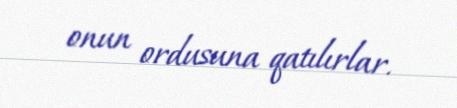
onun ordusuna qatılırlar.